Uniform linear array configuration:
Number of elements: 32
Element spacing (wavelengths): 0.75
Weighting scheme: exponential
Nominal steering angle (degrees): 15
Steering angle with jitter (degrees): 13.554
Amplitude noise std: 0.05
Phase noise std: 0.05

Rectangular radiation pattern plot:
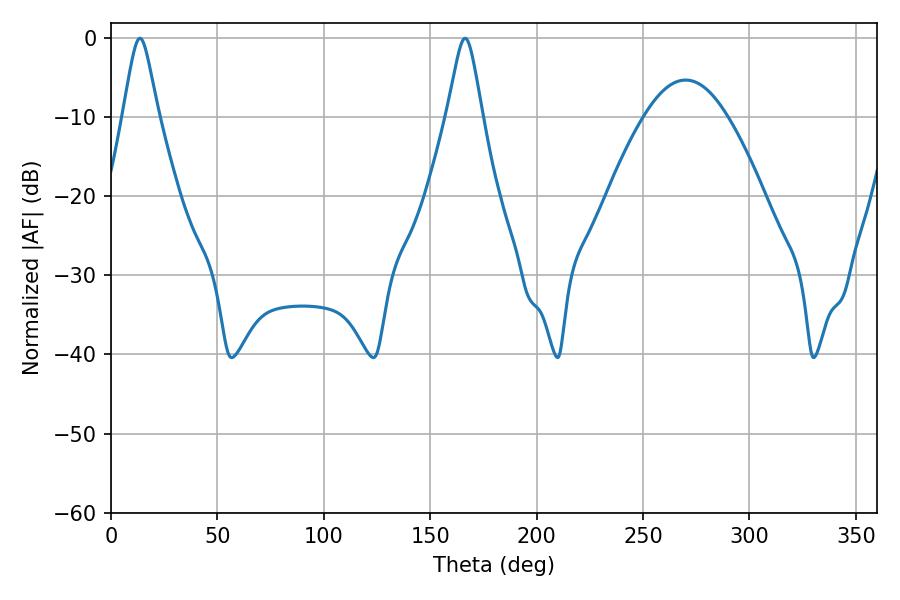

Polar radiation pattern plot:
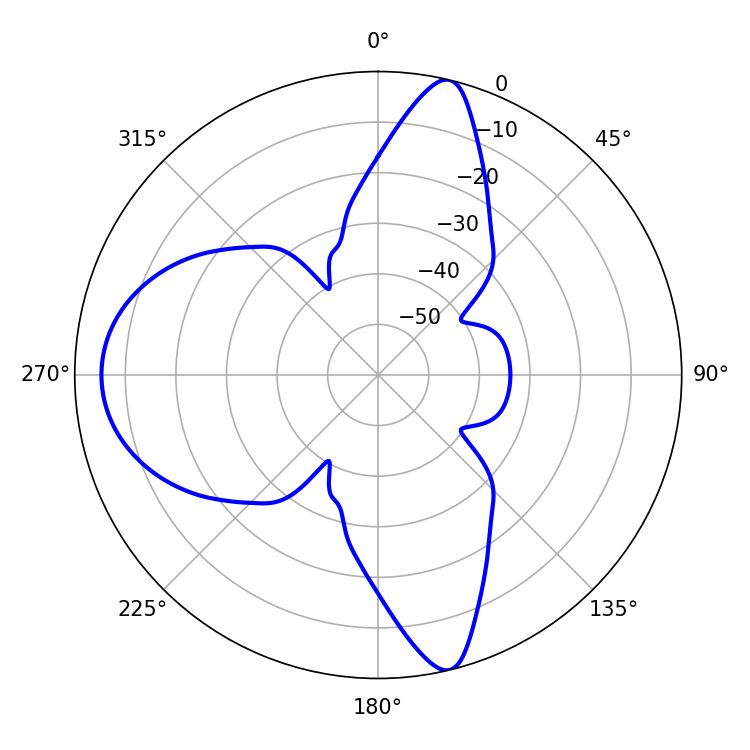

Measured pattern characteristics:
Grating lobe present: TRUE
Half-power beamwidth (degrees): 7.92
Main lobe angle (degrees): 13.68